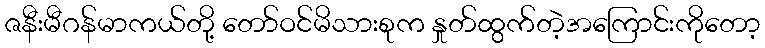
ဇနီးမီဂန်မာကယ်တို့ တော်ဝင်မိသားစုက နှုတ်ထွက်တဲ့အကြောင်းကိုတော့